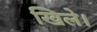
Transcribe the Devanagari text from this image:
खिले।